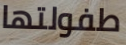
طفولتها